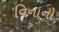
વિનાનો